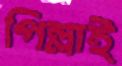
পিল্লাই